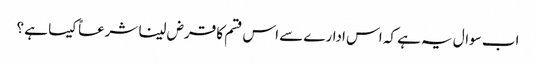
اب سوال یہ ہے کہ اس ادارے سے اس قسم کا قرض لینا شرعاً کیسا ہے ؟